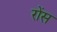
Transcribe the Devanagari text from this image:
रोंस